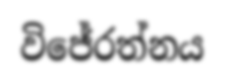
විජේරත්නය